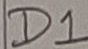
Text: D1